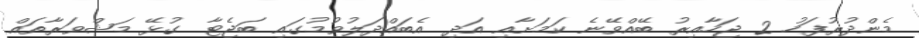
މެންދުރުފަހު 2 ޖަހާއިރު ބޭއްވޭނެ ކަމަށާއި އަދި އެބައްދަލުވުމުގައި ބަޖެޓާ ގުޅޭ މަޝްވަރާތައް